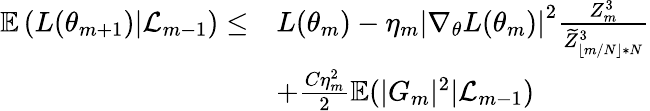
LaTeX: \begin{array}{rl}{\mathbb{E}\left(L(\theta_{m+1})|\mathcal{L}_{m-1}\right)\leq}&{L(\theta_{m})-\eta_{m}\left|\nabla_{\theta}L(\theta_{m})\right|^{2}\frac{Z_{m}^{3}}{\widetilde{Z}_{\lfloor m/N\rfloor*N}^{3}}}\\ &{+\frac{C\eta_{m}^{2}}{2}\mathbb{E}(|G_{m}|^{2}|\mathcal{L}_{m-1})}\end{array}